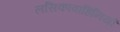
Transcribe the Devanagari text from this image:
लसिकावाहिनियों